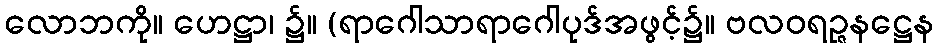
လောဘကို။ ဟေဋ္ဌာ၊ ၌။ (ရာဂေါသာရာဂေါပုဒ်အဖွင့်၌။ ဗလဝရဉ္ဇနဋ္ဌေန